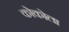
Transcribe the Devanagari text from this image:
कोकोला